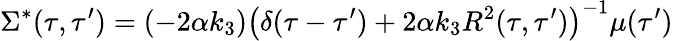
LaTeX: {}\Sigma^{*}(\tau,\tau^{\prime})=(-2\alpha k_{3})\left(\delta(\tau-\tau^{\prime})+2\alpha k_{3}R^{2}(\tau,\tau^{\prime})\right)^{-1}\mu(\tau^{\prime})